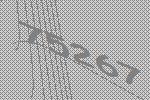
75267